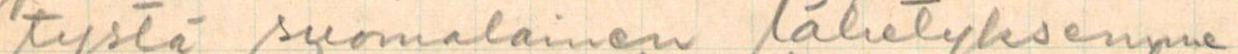
tystä suomalainen lähetyksemme